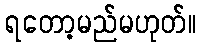
ရတော့မည်မဟုတ်။